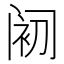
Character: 𲉀